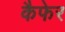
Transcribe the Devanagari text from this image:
कैफेर